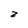
Character: z